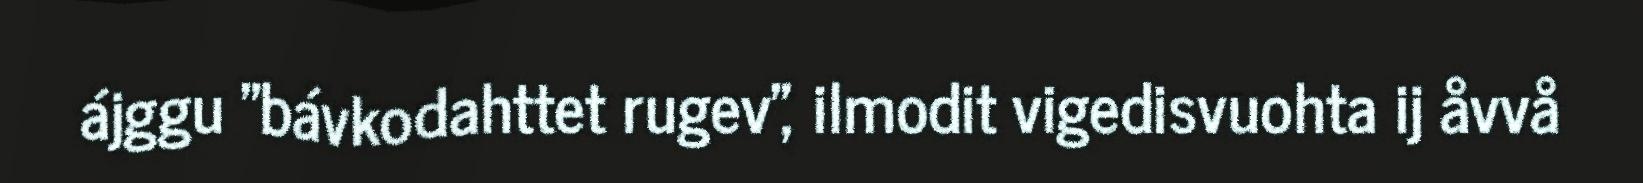
ájggu "bávkodahttet rugev", ilmodit vigedisvuohta ij åvvå